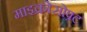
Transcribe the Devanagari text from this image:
माइक्रोसोफ़्ट